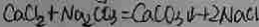
C a C l _ { 2 } + N a _ { 2 } C O _ { 3 } = C a C O _ { 3 } \downarrow + 2 N a C l